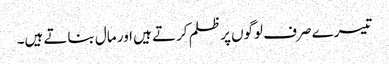
تیسرے صرف لوگوں پر ظلم کرتے ہیں اور مال بناتے ہیں۔